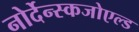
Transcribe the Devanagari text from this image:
नोर्देन्स्कजोएल्ड